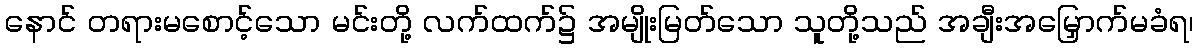
နောင် တရားမစောင့်သော မင်းတို့ လက်ထက်၌ အမျိုးမြတ်သော သူတို့သည် အချီးအမြှောက်မခံရ၊